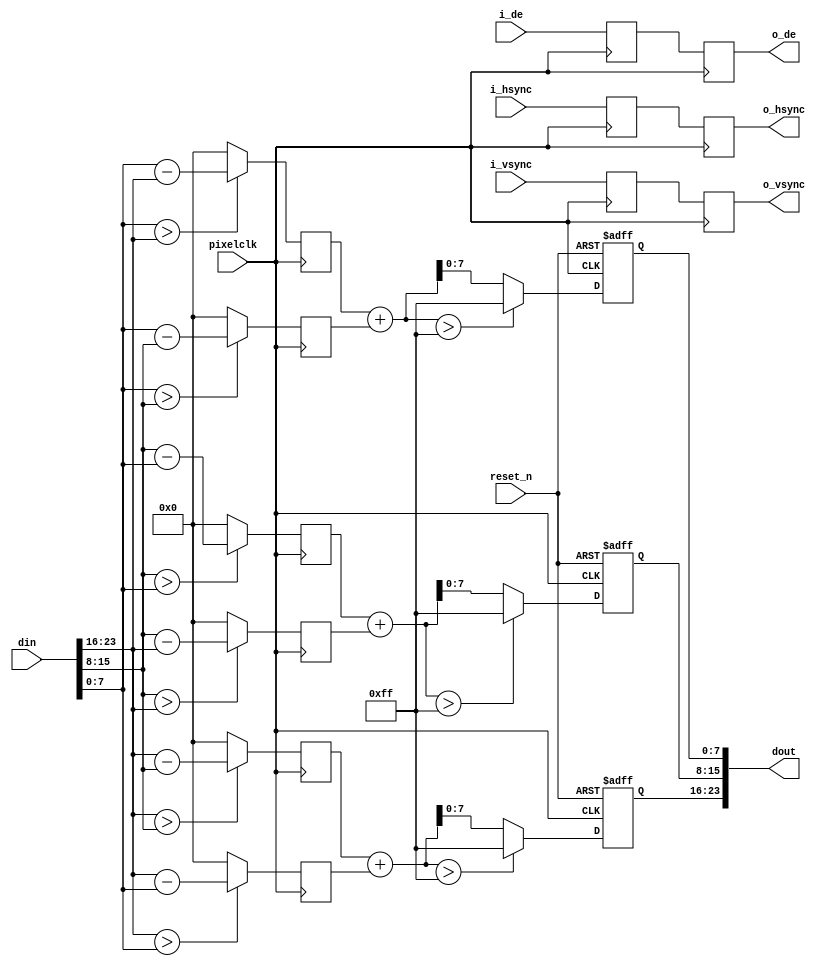

module rgb2#(
     parameter DW 				= 24
      )(
    input                      	pixelclk,
    input                      	reset_n,
    input [DW-1:0] 			   	din,	
    input                      	i_hsync,
    input                      	i_vsync,
    input                      	i_de,
    

    output [DW-1:0]				dout,	
    output                     	o_hsync,
    output                     	o_vsync,
    output                     	o_de
    );
	
wire [7:0] r,g,b;
reg [7:0] rr,gg,bb;

 
reg         hsync_r1;
reg         vsync_r1;
reg         de_r1;

reg         hsync_r2;
reg         vsync_r2;
reg         de_r2;

assign r = din[23:16];
assign g = din[15:8];
assign b = din[7:0];

assign o_hsync = hsync_r2;
assign o_vsync = vsync_r2;
assign o_de = de_r2;

assign dout = {rr,gg,bb};

reg  [7:0] rg;
reg  [7:0] rb;
reg  [7:0] gr;
reg  [7:0] gb;
reg  [7:0] br;
reg  [7:0] bg;

always @(posedge pixelclk) begin
  rg<=(r>g)?r-g:8'b0;
  rb<=(r>b)?r-b:8'b0; 
  gr<=(g>r)?g-r:8'b0; 
  gb<=(g>b)?g-b:8'b0; 
  br<=(b>r)?b-r:8'b0; 
  bg<=(b>g)?b-g:8'b0; 
end

wire  [8:0] rgrb=rg+rb;
wire  [8:0] gbgr=gb+gr;
wire  [8:0] brbg=br+bg;



always @(posedge pixelclk) begin
  hsync_r1 <= i_hsync;
  vsync_r1 <= i_vsync;
  de_r1 <= i_de;
  
  hsync_r2 <= hsync_r1;
  vsync_r2 <= vsync_r1;
  de_r2 <= de_r1;
end 

always @(posedge pixelclk or negedge reset_n)begin
  if(reset_n == 1'b0)begin
    rr<=8'b0;
	gg<=8'b0;
	bb<=8'b0;
  end	
  else begin
    rr <= (rgrb>9'hff)?8'hff:rgrb[7:0];
	gg <= (gbgr>9'hff)?8'hff:gbgr[7:0];
	bb <= (brbg>9'hff)?8'hff:brbg[7:0];
  end
end

endmodule